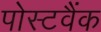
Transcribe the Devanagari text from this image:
पोस्टवैंक